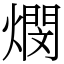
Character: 燘